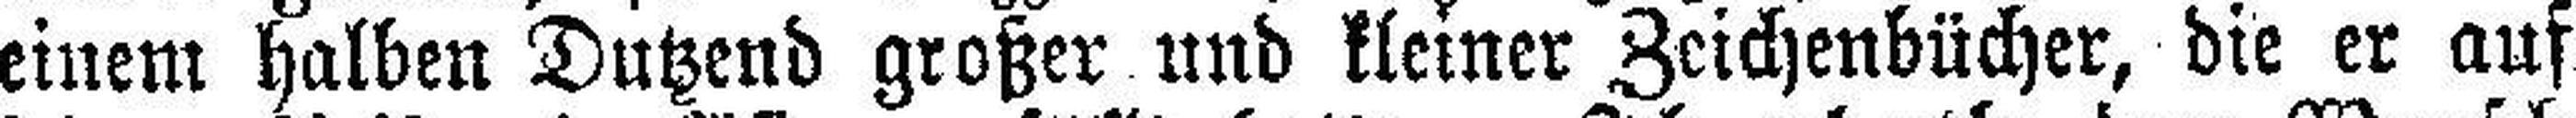
einem halben Dutzend großer und kleiner Zeichenbücher, die er auf